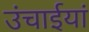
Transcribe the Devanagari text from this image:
उंचाईयां